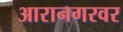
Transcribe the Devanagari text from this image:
आरानगरवर